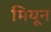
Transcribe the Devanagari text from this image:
मियून